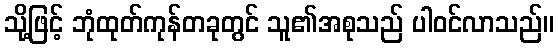
သို့ဖြင့် ဘုံထုတ်ကုန်တခုတွင် သူ၏အစုသည် ပါဝင်လာသည်။